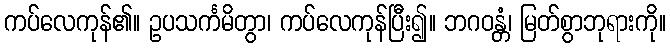
ကပ်လေကုန်၏။ ဥပသင်္ကမိတွာ၊ ကပ်လေကုန်ပြီး၍။ ဘဂဝန္တံ၊ မြတ်စွာဘုရားကို။